Civil Veterinary Dept. Bombay admin report 1932-41 - 1932-1941
Year: 1932
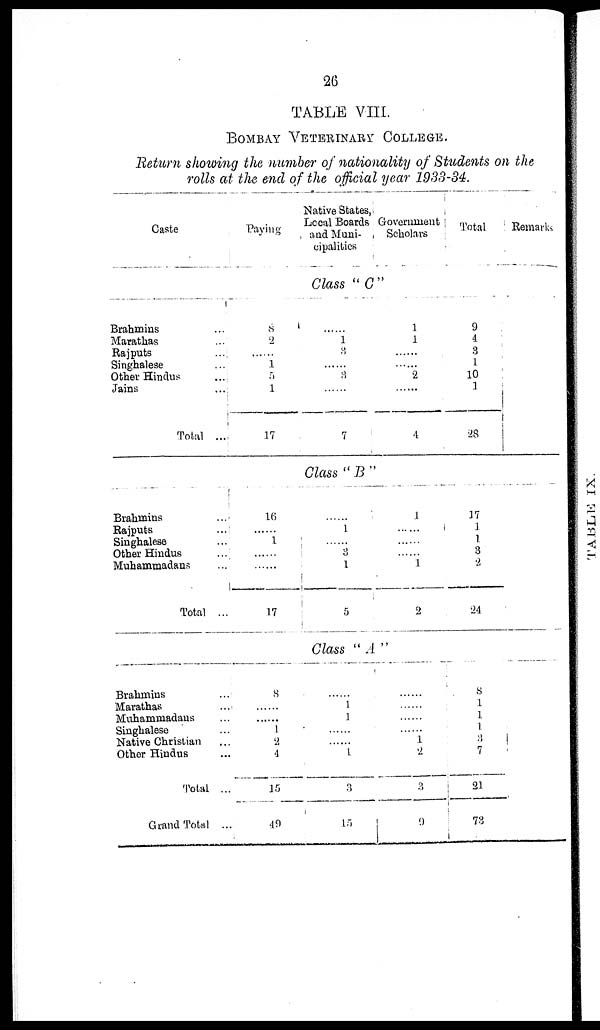
26
TABLE VIII.
BOMBAY VETERINARY COLLEGE.
Return showing the number of nationality of Students on the
rolls at the end of the official year 1933-34.
Caste
Brahmins ...
Marathas ...
Rajputs
...
Singhalese ...
Other Hindus
...
Jains
...
Total ...
Brahmins ...
Rajputs
...
Singhalese ...
Other Hindus
...
Muhammadans
...
Total ...
Brahmins
...
Marathas
...
Muhammadans ...
Singhalese ...
Native Christian ...
Other Hindus ...
Total ...
Grand Total ...
Paying
8
2
1
5
1
17
16
1
......
17
8
......
1
2
4
15
49
Native States,
Local Boards
and Muni-
cipalities
Government
Scholars
Class "C"
......
1
3
......
8
......
7
1
1
......
2
4
Class " B "
......
1
......
3
1
5
1
......
......
1
2
Class " A "
......
1
1
......
......
1
3
15
......
......
......
......
1 2
3
9
Total
9
4
3
1
10
1
28
17
1
1
3
2
24
8
1
1
1
8
7
21
73
Remarks